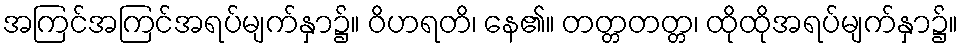
အကြင်အကြင်အရပ်မျက်နှာ၌။ ဝိဟရတိ၊ နေ၏။ တတ္တတတ္တ၊ ထိုထိုအရပ်မျက်နှာ၌။